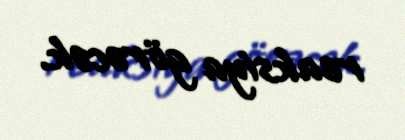
reaksiya görəcək.